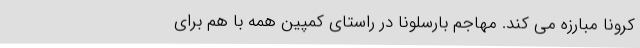
کرونا مبارزه می کند. مهاجم بارسلونا در راستای کمپین همه با هم برای